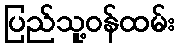
ပြည်သူ့ဝန်ထမ်း